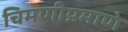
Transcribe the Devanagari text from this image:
चिमणीप्रमाणे